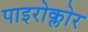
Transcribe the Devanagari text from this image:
पाइरोक्लोर